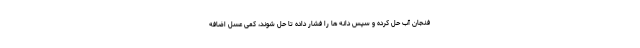
فنجان آب حل کرده و سپس دانه ها را فشار داده تا حل شوند، کمی عسل اضافه